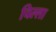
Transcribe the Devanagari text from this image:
चिल्‍ला